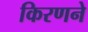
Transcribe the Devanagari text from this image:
किरणने